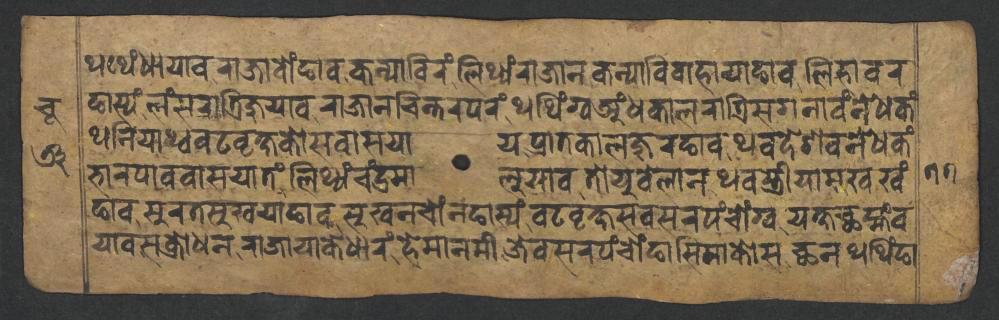
𑐠𑐠𑑂𑐫𑑄𑐢𑐵𑐫𑐵𑐰𑐬𑐵𑐖𑐵𑐧𑑀𑑄𑐒𑐵𑐰𑐎𑐣𑑂𑐫𑐵𑐧𑐶𑐬𑑄𑐮𑐶𑐠𑑂𑐫𑑄𑐬𑐵𑐖𑐵𑐣𑐎𑐣𑑂𑐫𑐵𑐰𑐶𑐰𑐵𑐴𑐵𑐫𑐵𑐒𑐵𑐰𑐮𑐶𑐴𑐵𑐰𑐬 𑐒𑐵𑐳𑑂𑐫𑑄𑐮𑑄𑐳𑐬𑐵𑐟𑑂𑐬𑐶𑐖𑐸𑐫𑐵𑐰𑐬𑐵𑐖𑐵𑐣𑐔𑐶𑐣𑑂𑐟𑐬𑐥𑐬𑑄𑐠𑐠𑐶𑑄𑐐𑑂𑐰𑐀𑑄𑐢𑐎𑐵𑐮𑐬𑐵𑐟𑑂𑐬𑐶𑐳𑐐𑐣𑐵𑐰𑑄𑐣𑐾𑐢𑐎𑑄 𑐠𑐣𑐶𑐫𑐵𑐠𑑂𑐰𑐰𑐚𑐰𑐺𑐎𑑂𑐲𑐎𑑀𑐳𑐰𑐵𑐳𑐫𑐵𑐫𑐥𑑂𑐬𑐵𑐟𑐎𑐵𑐮𑐖𑐸𑐬𑐒𑐵𑐰𑐠𑐰𑐡𑐾𑐱𑐰𑐣𑐾𑐢𑐎𑑄 𑐨𑐵𑐬𑐥𑐵𑐰𑐰𑐵𑐳𑐫𑐵𑐟𑑄𑐮𑐶𑐠𑑂𑐫𑑄𑐔𑑄𑐡𑑂𑐬𑐩𑐵𑐮𑐸𑐫𑐵𑐰𑐟𑑀𑐫𑐸𑐧𑐾𑐮𑐵𑐣𑐠𑐰𑐳𑑂𑐟𑑂𑐬𑐷𑐫𑐵𑐩𑐸𑐏𑐏𑑄 𑐒𑐵𑐰𑐳𑐸𑐬𑐟𑐳𑐸𑐏𑐫𑐵𑐒𑐵𑐰𑐳𑐸𑐏𑐣𑐔𑑀𑑄𑐣𑐒𑐵𑐳𑑂𑐫𑑄𑐰𑐚𑐰𑐺𑐎𑑂𑐲𑐳𑐧𑐳𑐬𑐥𑑄𑐔𑑀𑑄𑐐𑑂𑐰𑐫𑐎𑑂𑐲𑐕𑐩𑑂𑐴𑑄𑐰 𑐫𑐵𑐰𑐳𑐎𑑂𑐬𑑀𑐢𑐣𑐬𑐵𑐖𑐵𑐫𑐵𑐎𑐾𑐢𑐵𑐬𑑄𑐴𑐾𑐩𑐵𑐣𑐩𑐷𑐖𑐾𑐧𑐳𑐬𑐥𑑄𑐔𑑀𑑄𑐒𑐵𑐳𑐶𑐩𑐵𑐎𑑀𑐳𑐕𑐣𑐠𑐠𑐶𑑄𑐒𑐵